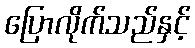
ပြောလိုက်သည်နှင့်